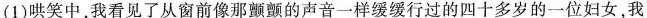
(1)哄笑中，我看见了从窗前像那颤颤的声音一样缓缓行过的四十多岁的一位妇女，我